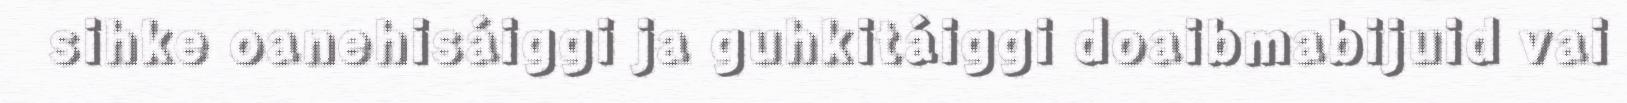
sihke oanehisáiggi ja guhkitáiggi doaibmabijuid vai